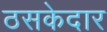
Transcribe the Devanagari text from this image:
ठसकेदार